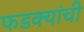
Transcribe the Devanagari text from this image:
फडक्यांची